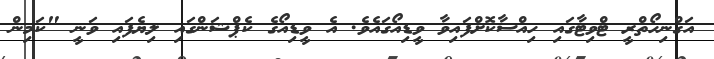
އަގްނިހޯތްރީ ޓްވިޓާގައި ހިއްސާކޮށްފައިވާ ވީޑިއޯގައެވެ. އެ ވީޑިއޯގެ ކެޕްޝަންގައި ލިޔެފައި ވަނީ "ކަމިން